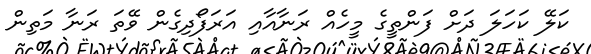
ކަލޭ ކަހަލަ ދަށް ފަންތީގެ މީހެއް ރަނާއާއި އަރަފޯދިގެން ވޭތަ ރަނާ މަތިން